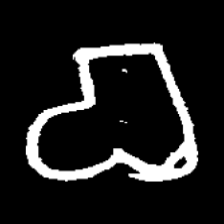
Pyu character \u2014 Myanmar letter: စ (romanized: ca)